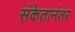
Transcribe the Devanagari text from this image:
संकेतानंतर